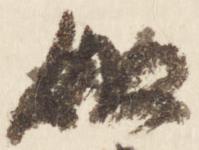
如